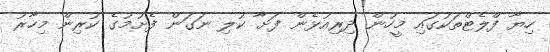
ހިޔާ ފްލެޓްތަކުގައި މީހުން ދިރިއުޅެން ފަށާ ކުލި ނަގަން ފެށުމުގެ ކުރިން މިހާރު